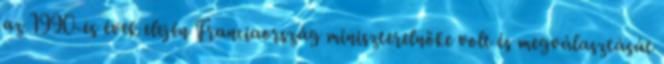
az 1990-es évek elején Franciaország miniszterelnöke volt és megválasztását